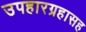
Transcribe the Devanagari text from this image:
उपहारग्रहासह